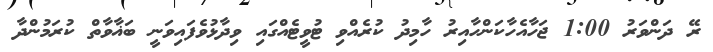
ރޭ ދަންވަރު 1:00 ޖަހާއެހާކަންހާއިރު ހާމިދު ކުރެއްވި ޓުވީޓެއްގައި ވިދާޅުވެފައިވަނީ ބަޣާވާތް ކުރަމުންދާ